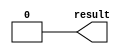
// Created by altera_lib_lpm.pl from 220model.v
//START_MODULE_NAME------------------------------------------------------------
//
// Module Name     :  lpm_constant
//
// Description     :  Parameterized constant generator megafunction. lpm_constant
//                    may be useful for convert a parameter into a constant.
//
// Limitation      :  n/a
//
// Results expected:  Value specified by the argument to LPM_CVALUE.
//
//END_MODULE_NAME--------------------------------------------------------------

// BEGINNING OF MODULE
`timescale 1 ps / 1 ps

// MODULE DECLARATION
/*verilator lint_off CASEX*/
/*verilator lint_off COMBDLY*/
/*verilator lint_off INITIALDLY*/
/*verilator lint_off LITENDIAN*/
/*verilator lint_off MULTIDRIVEN*/
/*verilator lint_off UNOPTFLAT*/
/*verilator lint_off BLKANDNBLK*/
module lpm_constant (
    result // Value specified by the argument to LPM_CVALUE. (Required)
);

// GLOBAL PARAMETER DECLARATION
    parameter lpm_width = 1;    // Width of the result[] port. (Required)
    parameter lpm_cvalue = 0;   // Constant value to be driven out on the
                                // result[] port. (Required)
    parameter lpm_strength = "UNUSED";
    parameter lpm_type = "lpm_constant";
    parameter lpm_hint = "UNUSED";

// OUTPUT PORT DECLARATION
    output [lpm_width-1:0] result;

// INTERNAL REGISTERS DECLARATION
    reg[32:0] int_value;

// INITIAL CONSTRUCT BLOCK
    initial
    begin
        if (lpm_width <= 0)
        begin
            $display("Value of lpm_width parameter must be greater than 0(ERROR)");
            $display("Time: %0t  Instance: %m", $time);
            $finish;
        end
        int_value = lpm_cvalue;
    end

// CONTINOUS ASSIGNMENT
    assign result = int_value[lpm_width-1:0];

endmodule // lpm_constant